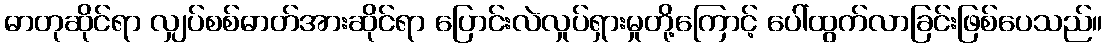
ဓာတုဆိုင်ရာ လျှပ်စစ်ဓာတ်အားဆိုင်ရာ ပြောင်းလဲလှုပ်ရှားမှုတို့ကြောင့် ပေါ်ထွက်လာခြင်းဖြစ်ပေသည်။